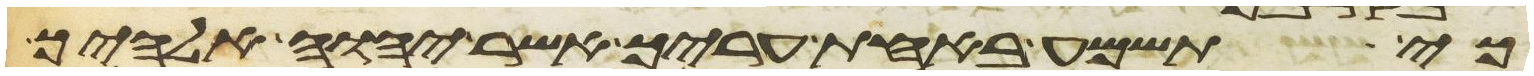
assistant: כי תשמע באחת עריך אשר יהוה אלהיך